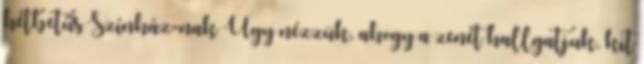
hétbetűs Színház-nak Úgy nézzük, ahogy a zenét hallgatjuk, kit